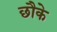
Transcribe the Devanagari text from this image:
छौके